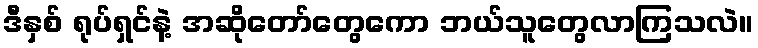
ဒီနှစ် ရုပ်ရှင်နဲ့ အဆိုတော်တွေကော ဘယ်သူတွေလာကြသလဲ။